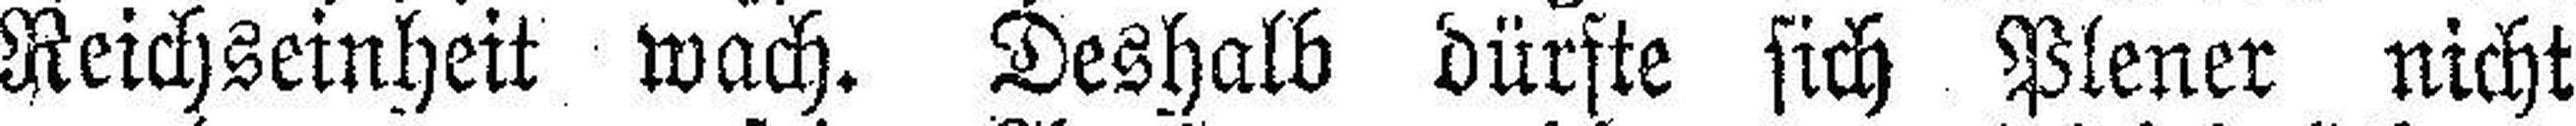
Reichseinheit wach. Deshalb dürfte sich Plener nicht